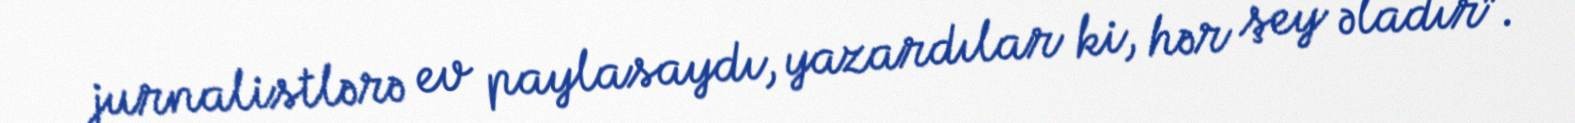
jurnalistlərə ev paylasaydı, yazardılar ki, hər şey əladır”.